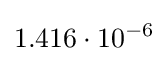
1.416\cdot 10^{-6}